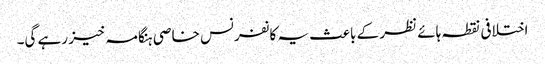
اختلافی نقطہ ہائے نظر کے باعث یہ کانفرنس خاصی ہنگامہ خیز رہے گی۔